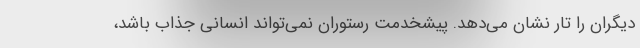
دیگران را تار نشان می‌دهد. پیشخدمت رستوران نمی‌تواند انسانی جذاب باشد،